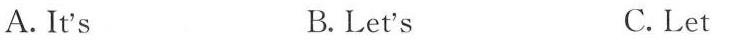
A.It's B.Let's C. Let